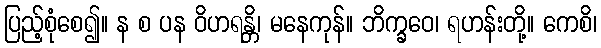
ပြည့်စုံစေ၍။ န စ ပန ဝိဟရန္တိ၊ မနေကုန်။ ဘိက္ခဝေ၊ ရဟန်းတို့။ ကေစိ၊